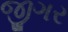
જીગર